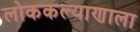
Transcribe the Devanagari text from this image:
लोककल्याणाला